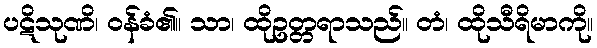
ပဋိသုဏိ၊ ဝန်ခံ၏။ သာ၊ ထိုဥတ္တရာသည်။ တံ၊ ထိုသီရိမာကို။